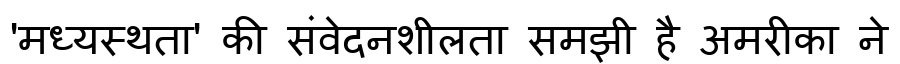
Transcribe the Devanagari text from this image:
'मध्यस्थता' की संवेदनशीलता समझी है अमरीका ने